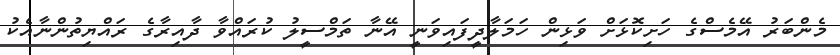
މެންބަރު އޭމެސްގެ ހަށިކޮޅަށް ވަޅިން ހަމަލާދީފައިވަނީ އޭނާ ތަމްސީލު ކުރައްވާ ދާއިރާގެ ރައްޔިތުންނާއެކު